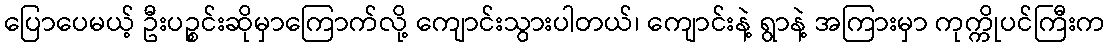
ပြောပေမယ့် ဦးပဉ္စင်းဆိုမှာကြောက်လို့ ကျောင်းသွားပါတယ်၊ ကျောင်းနဲ့ ရွာနဲ့ အကြားမှာ ကုက္ကိုပင်ကြီးက